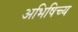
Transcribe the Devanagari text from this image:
अभिषिच्य